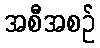
အစီအစဉ်